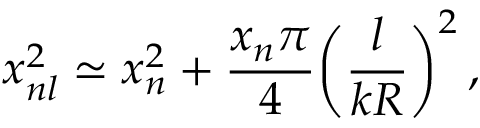
x _ { n l } ^ { 2 } \simeq x _ { n } ^ { 2 } + { \frac { x _ { n } \pi } { 4 } } \bigg ( { \frac { l } { k R } } \bigg ) ^ { 2 } \, ,